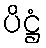
ပိဋ္ဌံ